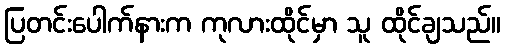
ပြတင်းပေါက်နားက ကုလားထိုင်မှာ သူ ထိုင်ချသည်။